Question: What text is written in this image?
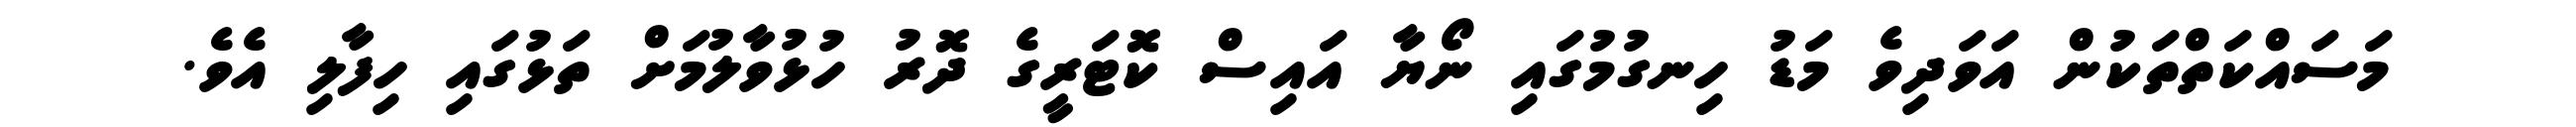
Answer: މަސައްކަތްތަކުން އަވަދިވެ މަޑު ހިނގުމުގައި ނޯޔާ އައިސް ކޮޓަރީގެ ދޮރު ހުޅުވާލުމަށް ތަޅުގައި ހިފާލި އެވެ.